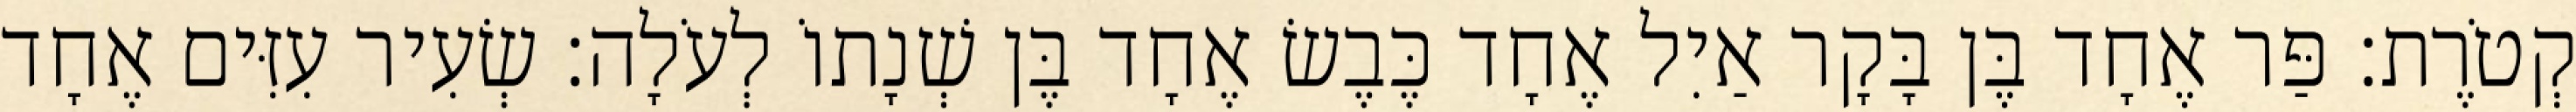
קְטֹרֶת׃ פַּר אֶחָד בֶּן בָּקָר אַיִל אֶחָד כֶּבֶשׂ אֶחָד בֶּן שְׁנָתוֹ לְעֹלָה׃ שְׂעִיר עִזִּים אֶחָד